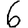
Digit: 6